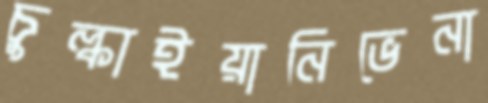
চুল্‌কাইয়ানিভেনা